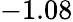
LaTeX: -1.08